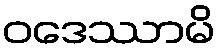
ဝဒေဿာမိ